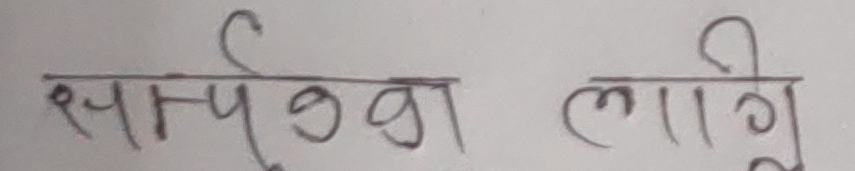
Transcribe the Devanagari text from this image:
समर्पण लागि